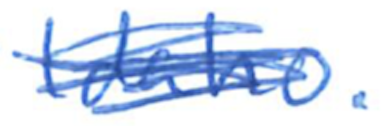
Text: Idaho.
Cross-out: mix
Writing tool: ballpoint